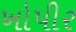
ખોપીર